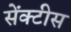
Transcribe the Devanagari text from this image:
सेंक्टीस